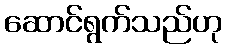
ဆောင်ရွက်သည်ဟု